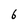
Character: G